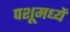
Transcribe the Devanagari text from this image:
पशूमध्यें